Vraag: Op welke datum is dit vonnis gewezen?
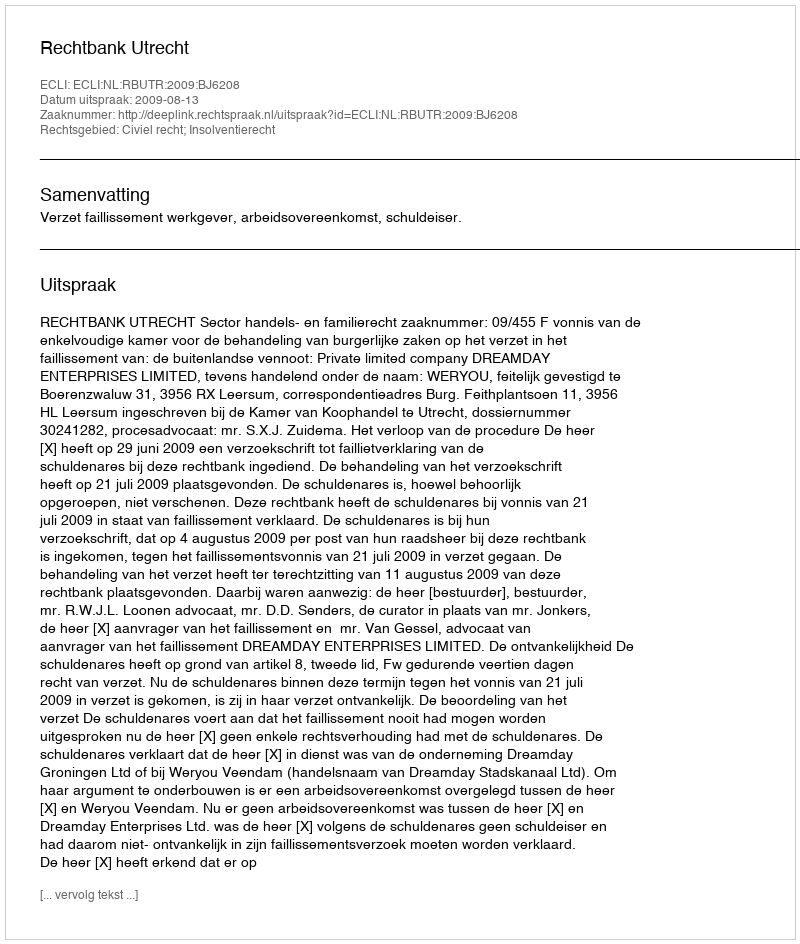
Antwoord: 2009-08-13